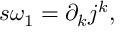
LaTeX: s \omega _ { 1 } = \partial _ { k } j ^ { k } ,